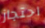
احتجاز